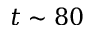
t \sim 8 0